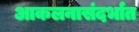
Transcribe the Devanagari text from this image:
आकलनासंदर्भात